Leaving Certificate Examination (including Day School Certificate (Higher) General paper), 1928
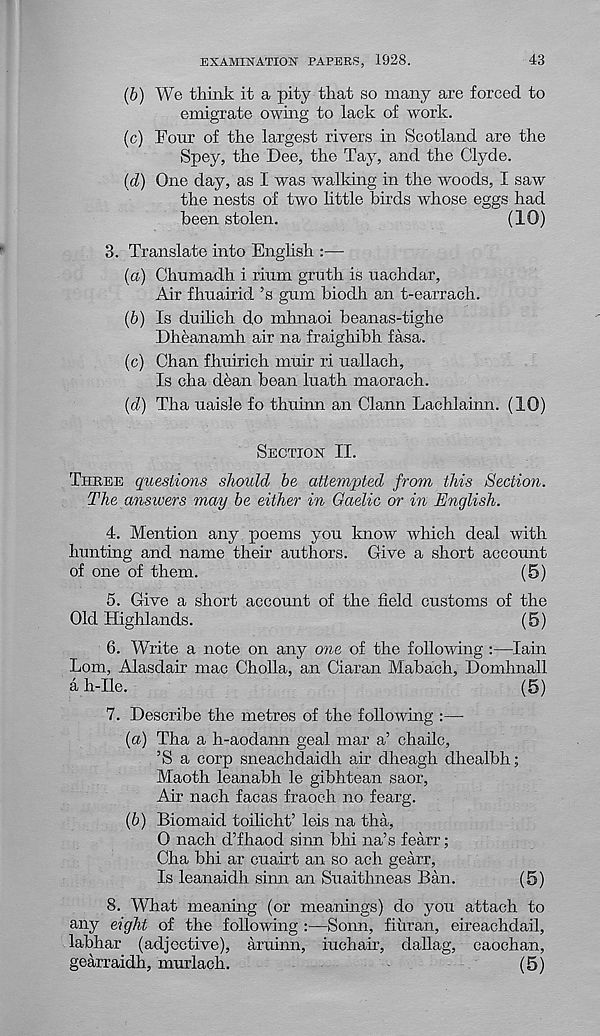
EXAMIKATIOiSr PAPERS, 1928.
43
(b) We think it a pity that so many are forced to
emigrate owing to lack of work.
(c) Four of the largest rivers in Scotland are the
Spey, the Dee, the Tay, and the Clyde.
(d) One day, as I was walking in the woods, I saw
the nests of two little birds whose eggs had
been stolen.
(10)
3. Translate into English :—
(а) Chumadh i rium gruth is uachdar,
Air fhuairid. ’s gum biodh an t-earrach.
(б) Is duilich do mhnaoi beanas-tighe
Dheanamh air na fraighibh fasa.
(c) Chan fhuirich muir ri uallach,
Is cha dean bean luath maorach.
(d) Tha uaisle fo thuinn an Clann Lachlainn. (10)
Section II.
Three questions should be attempted from this Section.
The answers may be either in Gaelic or in English.
4. Mention any poems you know which deal with
hunting and name their authors. Give a short account
of one of them.
(5)
5. Give a short account of the field customs of the
Old Highlands.
(5)
6. Write a note on any one of the following :—Iain
Lom, Alasdair mac Cholla, an Ciaran Mabach, Domhnall
a h-Ile.
(5)
7. Describe the metres of the following :—
(a) Tha a h-aodann geal mar a’ chailc,
’S a corp sneachdaidh air dheagh dhealbh;
Maoth leanabh le gibhtean saor,
Air nach facas fraoch no fearg.
(b) Biomaid toilicht’ leis na tha,
0 nach d’fhaod sinn bhi na’s fearr;
Cha bhi ar cuairt an so ach gearr,
Is leanaidh sinn an Suaithneas Ban.
(5)
8. What meaning (or meanings) do you attach to
any eight of the following :—Sonn, fiuran, eireachdail,
labhar (adjective), aruinn, inch air, dallag, caochan,
gearraidh, murlach.
(5)